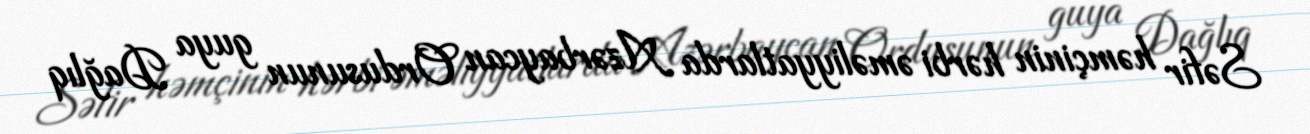
Səfir həmçinin hərbi əməliyyatlarda Azərbaycan Ordusunun guya Dağlıq